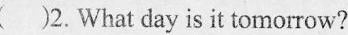
)2. What day is it tomorrow?